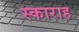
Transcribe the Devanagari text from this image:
स्काराह